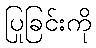
ပြုခြင်းကို